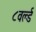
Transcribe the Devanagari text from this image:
८वर्ल्ड